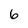
Character: 6